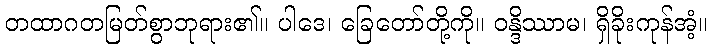
တထာဂတမြတ်စွာဘုရား၏။ ပါဒေ၊ ခြေတော်တို့ကို။ ဝန္ဒိဿာမ၊ ရှိခိုးကုန်အံ့။